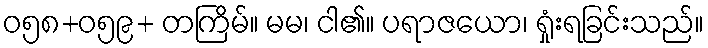
ဝ၅၈+ဝ၅၉+ တကြိမ်။ မမ၊ ငါ၏။ ပရာဇယော၊ ရှုံးရခြင်းသည်။